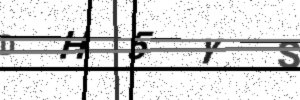
Text: DH5YS